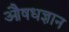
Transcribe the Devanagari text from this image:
औषधज्ञान